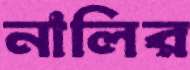
নালির